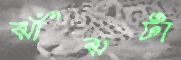
ঝাঁঝটা